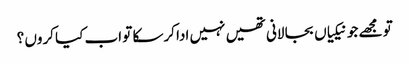
تو مجھے جو نیکیاں بجا لانی تھیں نہیں ادا کرسکا تو اب کیا کروں ؟